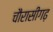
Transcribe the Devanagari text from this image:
चौरासीगढ़